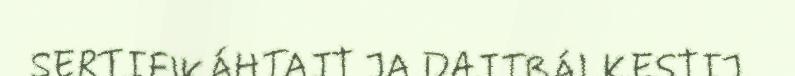
SERTIFIKÁHTAJT JA DAJTBÁLKESTIJ.